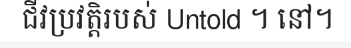
ជីវប្រវត្តិរបស់ Untold ។ នៅ។